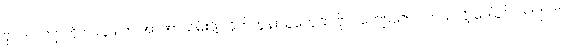
ဗိုလ်လက်ျာကို ၁၉၄၉ က အာဏာသိမ်းဖို့ တိုက်တွန်းသူတွေထဲ ဗိုလ်ကျော်ဇောပါတယ်လို့ ဒေါ်ခင်လက်ျာက